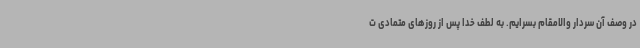
در وصف آن سردار والامقام بسرایم. به لطف خدا پس از روزهای متمادی ت